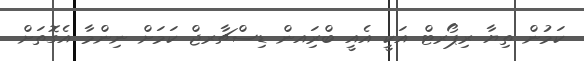
ކަމުން ތިޔާ ރިޕޯރޓް އަކީ އެއީ ބްރަިއން ޑިސްޗާރޖް ކަމަށް ނިންމާ އެގޮތަށް